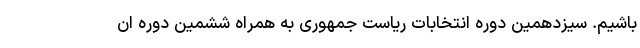
باشیم. سیزدهمین دوره انتخابات ریاست جمهوری به همراه ششمین دوره ان